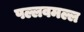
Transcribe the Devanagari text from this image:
पल्लवमल्ल